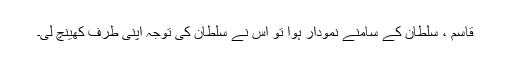
قاسم ، سلطان کے سامنے نمودار ہوا تو اس نے سلطان کی توجہ اپنی طرف کھینچ لی۔